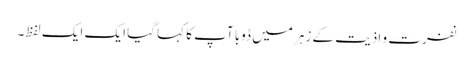
نفرت و اذیت کے زہر میں ڈوبا آپ کا کہا گیا ایک ایک لفظ۔